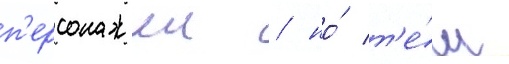
п'ерсонажеи / но́ т'е́м